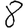
Digit: 8